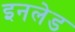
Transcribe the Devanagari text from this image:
इनलेड